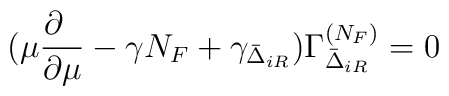
(\mu\frac{\partial\phantom a}{\partial \mu} -\gamma N_F +  \gamma_{\bar\Delta_{iR}} ) \Gamma_{\bar \Delta_{iR}}^{(N_F)}=0